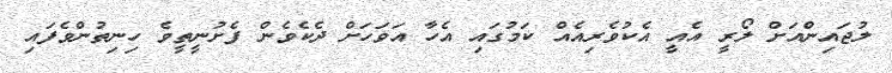
ލުޖައިންއަށް ލޯރީ އެއީ އެކުވެރިއެއް ކަމުގައި އެހާ އަވަހަށް ދެކެވެން ފެށުނީތީވެ ހިނިތުންވެފައި